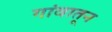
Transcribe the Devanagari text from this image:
गांवातून